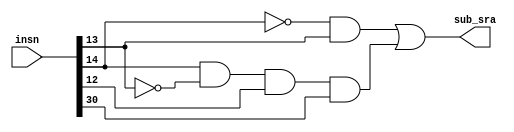
module DecoderIINSN_alu (
  input wire [31:0] insn, // instruo de 32 bits
  output wire sub_sra // controle de adio/subtrao e de logical/arithmetic shift
);
  wire [2:0] func;  // net func para auxiliar na legibilidade do cdigo
  assign func = insn[14:12];

  assign sub_sra = (~func[2] & func[1]) | (func[2] & ~func[1] & func[0] & insn[30]);
  // a subtrao deve existir nos casos em que precisamos de funes de comparao, como slti e sltiu, e no shift right quando o segundo bit mais significativo for 1

endmodule